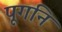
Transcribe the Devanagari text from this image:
पूगनि